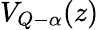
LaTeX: V_{Q-\alpha}(z)